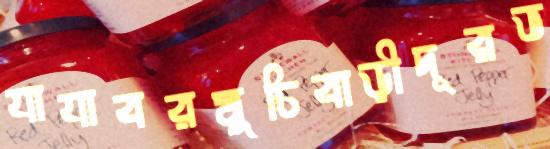
যাযাবরমুচিবাড়ীদূরভ